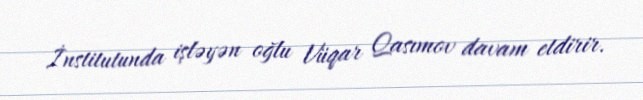
İnstitutunda işləyən oğlu Vüqar Qasımov davam etdirir.